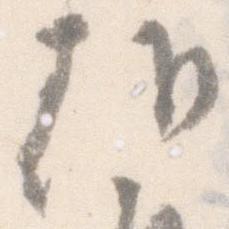
朝